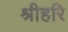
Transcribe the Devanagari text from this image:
श्रीहरि